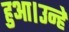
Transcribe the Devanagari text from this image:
हुआ।उन्हें